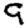
Digit: 9